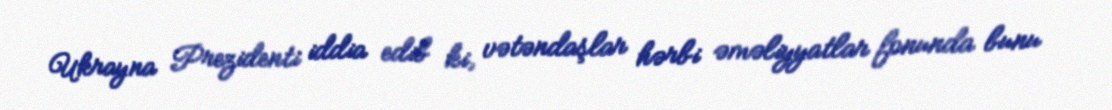
Ukrayna Prezidenti iddia edib ki, vətəndaşlar hərbi əməliyyatlar fonunda bunu